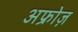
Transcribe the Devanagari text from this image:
अफ्रोज़